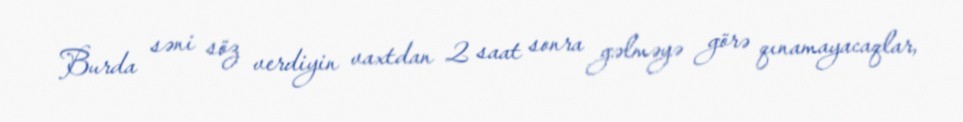
Burda səni söz verdiyin vaxtdan 2 saat sonra gəlməyə görə qınamayacaqlar,